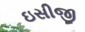
ઇસીજી